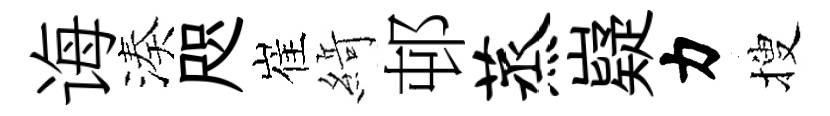
诲湊咫崔𦂶邨蒸嶷力搜